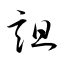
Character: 詛